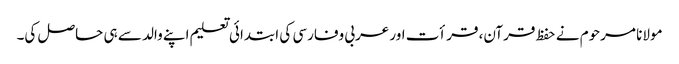
مولانا مرحوم نے حفظ قرآن، قرأت اور عربی وفارسی کی ابتدائی تعلیم اپنے والد سے ہی حاصل کی۔